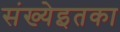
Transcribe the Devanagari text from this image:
संख्येइतका